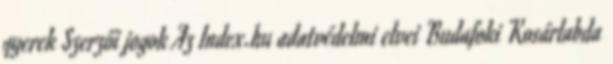
gyerek Szerzői jogok Az Index.hu adatvédelmi elvei Budafoki Kosárlabda